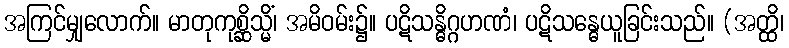
အကြင်မျှလောက်။ မာတုကုစ္ဆိသ္မိံ၊ အမိဝမ်း၌။ ပဋိသန္ဓိဂ္ဂဟဏံ၊ ပဋိသန္ဓေယူခြင်းသည်။ (အတ္ထိ၊